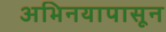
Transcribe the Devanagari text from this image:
अभिनयापासून